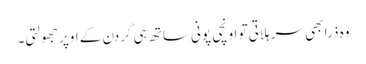
وہ ذرا بھی سر ہلاتی تو اونچی پونی ساتھ ہی گردن کے اوپر جھولتی۔